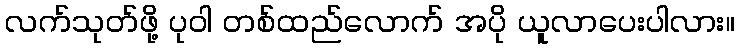
လက်သုတ်ဖို့ ပုဝါ တစ်ထည်လောက် အပို ယူလာပေးပါလား။